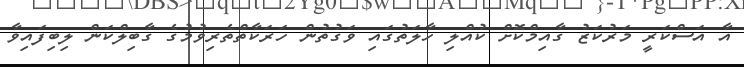
އާ އަސްކަރީ މަރުކަޒު ގާއިމްކޮށް ކުއްލި ހާލަތުގައި ވަގުތުން ހަރަކާތްތެރިވުމުގެ ގާބިލްކަން ލިބިފައިވާ